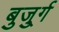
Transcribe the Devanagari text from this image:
बुजु्र्ग